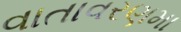
વાતાવરણમા